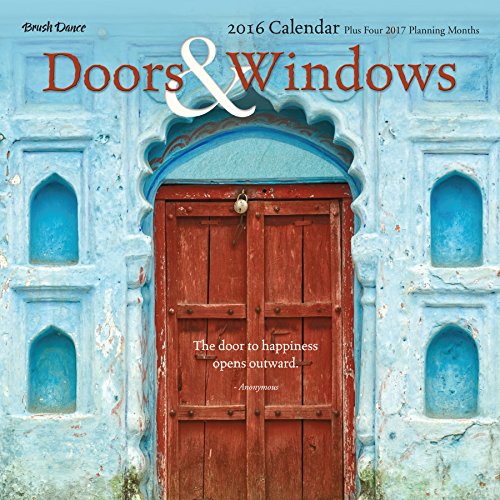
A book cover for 2016 Doors & Windows Wall Calendar; Brush Dance; Calendars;